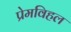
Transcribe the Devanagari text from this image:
प्रेमविहल